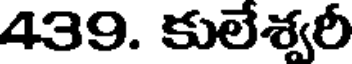
439. కులేశ్వరీ